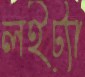
লইট্যা